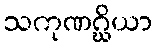
သကုဏဂ္ဃိယာ